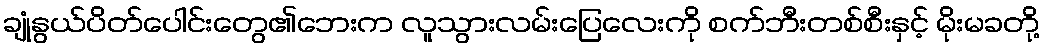
ချုံနွယ်ပိတ်ပေါင်းတွေ၏ဘေးက လူသွားလမ်းပြေလေးကို စက်ဘီးတစ်စီးနှင့် မိုးမခတို့